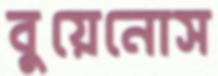
বুয়েনোস